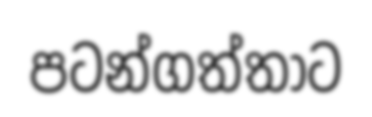
පටන්ගත්තාට